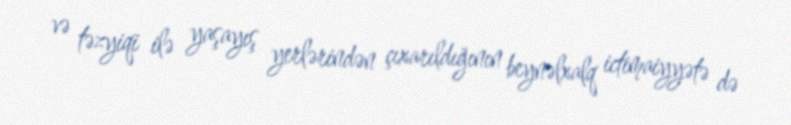
və təzyiqi ilə yaşayış yerlərindən çıxarıldığının beynəlxalq ictimaiyyətə də